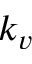
k _ { v }